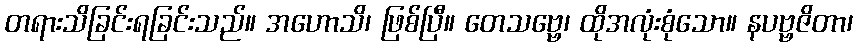
တရားသိခြင်းရခြင်းသည်။ အဟောသိ၊ ဖြစ်ပြီ။ တေသဗ္ဗေ၊ ထိုအလုံးစုံသော။ နပဗ္ဗဇိတာ၊